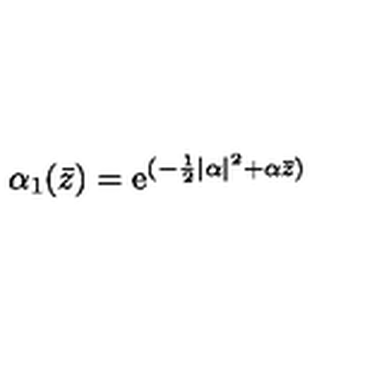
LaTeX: \alpha _ { 1 } ( \bar { z } ) = \mathrm { e } ^ { ( - \frac 1 2 \vert \alpha \vert ^ { 2 } + \alpha { \bar { z } } ) }